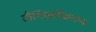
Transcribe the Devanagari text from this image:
लैंगिंकशिक्षणाच्या